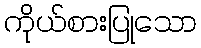
ကိုယ်စားပြုသော